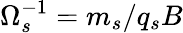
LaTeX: \Omega_{s}^{-1}=m_{s}/q_{s}B